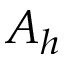
A _ { h }